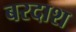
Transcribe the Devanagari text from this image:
बरदाश